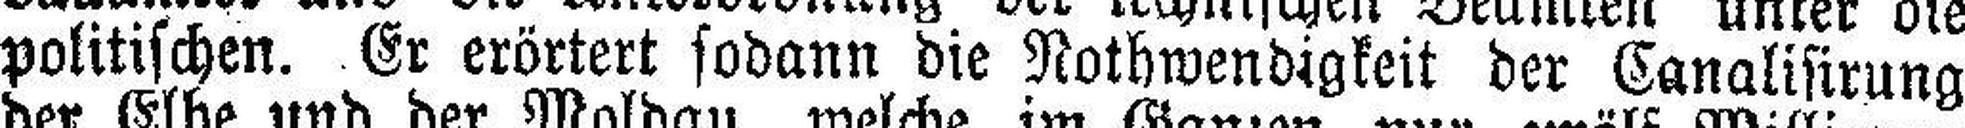
politischen. Er erörtert sodann die Nothwendigkeit der Canalisirung